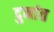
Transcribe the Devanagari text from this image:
दुनांत